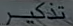
^{\mathrm{~T~}}\